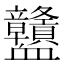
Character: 𧗜